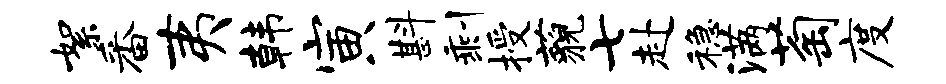
絮番夷韩寅斟剩授藐七赴稳满萄度